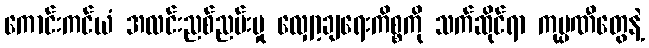
ကောင်းကင်ယံ အလင်းညစ်ညမ်းမှု လျှော့ချရေးကိစ္စကို သက်ဆိုင်ရာ ကုမ္ပဏီတွေနဲ့